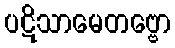
ပဋိသာမေတဗ္ဗော